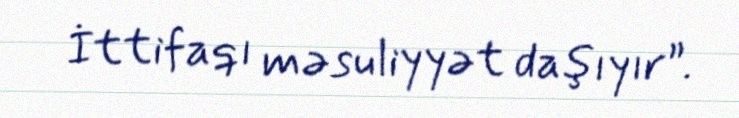
İttifaqı məsuliyyət daşıyır”.